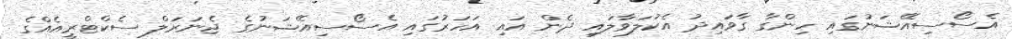
އެސޯސިއޭޝަނުގައި ހިންގާ ގާވައިދު އެކުލަވާލައި ދެން އައި އަހަރުގައި އެސޯސިއޭޝަނުގެ ޖެނަރަލް ސެކްޓްރީއެއްގެ